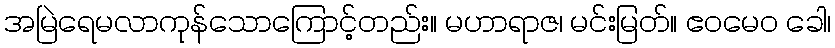
အမြဲရေမလာကုန်သောကြောင့်တည်း။ မဟာရာဇ၊ မင်းမြတ်။ ဧဝမေဝ ခေါ၊